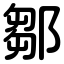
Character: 鄒